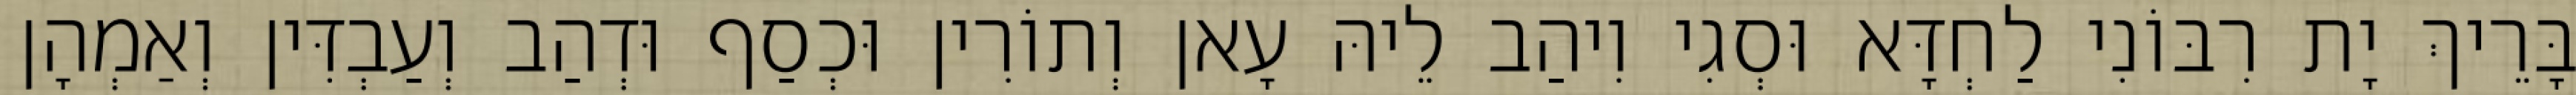
בָּרֵיךְ יָת רִבּוֹנִי לַחְדָּא וּסְגִי וִיהַב לֵיהּ עָאן וְתוֹרִין וּכְסַף וּדְהַב וְעַבְדִּין וְאַמְהָן